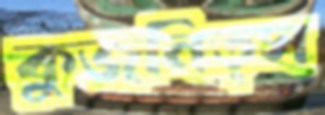
কুজনিত্স